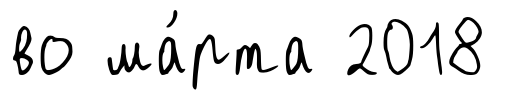
во ма́рта 2018